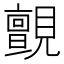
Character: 𮗞